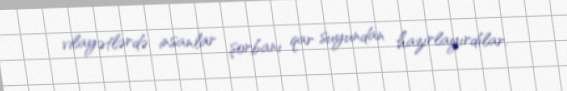
vilayətlərdə insanlar şorbanı qar suyundan hazırlayırdılar.